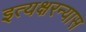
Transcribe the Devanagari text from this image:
इत्यक्षरन्यास